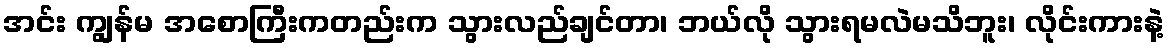
အင်း ကျွန်မ အစောကြီးကတည်းက သွားလည်ချင်တာ၊ ဘယ်လို သွားရမလဲမသိဘူး၊ လိုင်းကားနဲ့